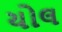
યોલ